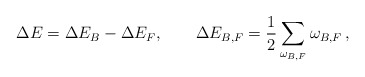
\begin{align*}\Delta E=\Delta E_B - \Delta E_F,\qquad \Delta E_{B,F} = \frac 12\sum_{\omega_{B,F}} \omega_{B,F} \,,\end{align*}